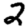
Digit: 2